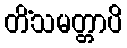
တိံသမတ္တာပိ